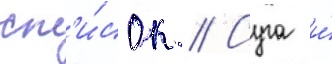
сп'и́сок // Суга и́